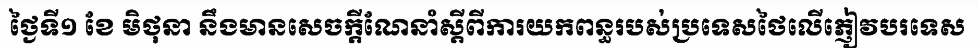
ថ្ងៃទី១ ខែ មិថុនា នឹងមានសេចក្តីណែនាំស្តីពីការយកពន្ធរបស់ប្រទេសថៃលើភ្ញៀវបរទេស